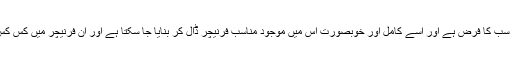
لیکن اس خاص جگہ یعنی اپنے خوابگاہ کو خوبصورت اور کامل بنانا ہم سب کا فرض ہے اور اسے کامل اور خوبصورت اس میں موجود مناسب فرنیچر ڈال کر بنایا جا سکتا ہے اور ان فرنیچر میں کس کس کا شامل کرنا آپ کے خوابگاہ کو کامل بنائیگا آئیے ہم آپکو بتاتے ہیں!